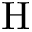
\mathrm { H }